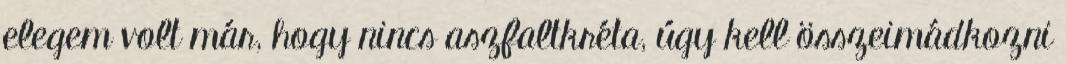
elegem volt már, hogy nincs aszfaltkréta, úgy kell összeimádkozni